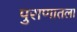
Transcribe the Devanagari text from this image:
पुराणातला